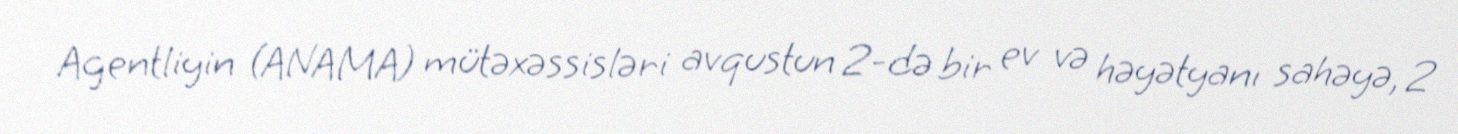
Agentliyin (ANAMA) mütəxəssisləri avqustun 2-də bir ev və həyətyanı sahəyə, 2